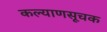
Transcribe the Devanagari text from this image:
कल्याणसूचक